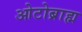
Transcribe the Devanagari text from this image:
ओटोब्राह्म